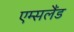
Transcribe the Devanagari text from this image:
एम्सलैंड